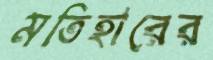
মতিহারের